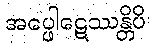
အပ္ဖေါဋေဿန္တိပိ